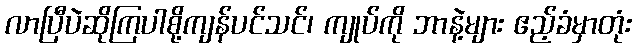
လာပြီပဲဆိုကြပါစို့ကျန်ပင်သင်၊ ကျုပ်ကို ဘာနဲ့များ ဧည့်ခံမှာတုံး